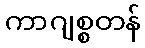
ကာဂျစ္စတန်